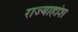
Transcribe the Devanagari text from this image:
राज्याहांश